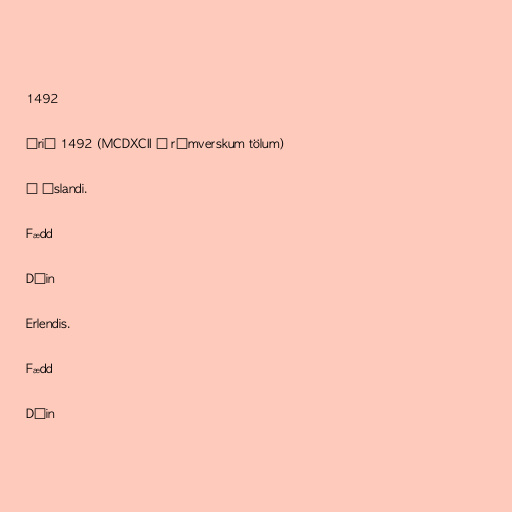
1492

Árið 1492 (MCDXCII í rómverskum tölum)

Á Íslandi.

Fædd

Dáin

Erlendis.

Fædd

Dáin